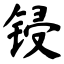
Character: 锓